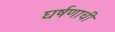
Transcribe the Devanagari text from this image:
घर्षणाची